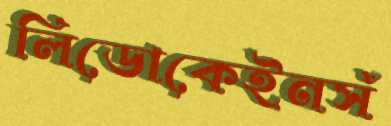
লিডোকেইনসঁ